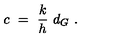
c \ = \ { \frac { k } { h } } \ d _ { G } \ .